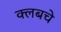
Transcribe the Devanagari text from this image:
क्‍लबचे